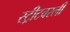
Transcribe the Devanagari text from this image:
स्ट्रीटवरली